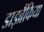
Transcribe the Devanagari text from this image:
डाइब्रैंकिया